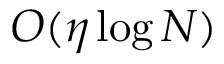
{ \cal O } ( \eta \log N )